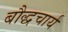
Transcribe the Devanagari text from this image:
बौद्धचार्य